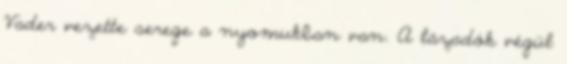
Vader vezette serege a nyomukban van. A lázadók végül